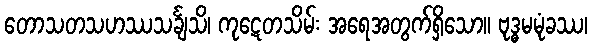
တောသတသဟဿသင်္ချသိ၊ ကုဋေတသိမ်း အရေအတွက်ရှိသော။ ဗုဒ္ဓမမုံခဿ၊